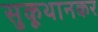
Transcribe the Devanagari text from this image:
सुकूथानकर